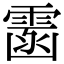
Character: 䨡